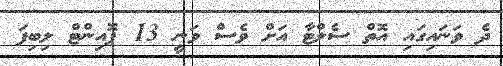
ދެ ވަނައިގައި އޮތް ސެލްޓާ އަށް ވެސް ވަނީ 13 ޕޮއިންޓް ލިބިފަ